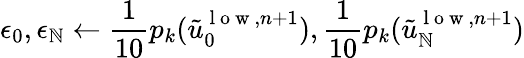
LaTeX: \epsilon_{0},\epsilon_{\mathbb{N}}\gets\frac{{1}}{{10}}p_{k}(\tilde{{u}}_{0}^{\mathrm{{~l~o~w~}},n+1}),\frac{{1}}{{10}}p_{k}(\tilde{{u}}_{\mathbb{N}}^{\mathrm{{~l~o~w~}},n+1})